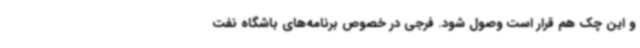
و این چک هم قرار است وصول شود. فرجی در خصوص برنامه‌های باشگاه نفت